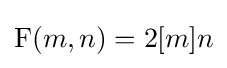
\operatorname {F} (m,n)=2[m]n